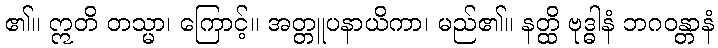
၏။ ဣတိ တသ္မာ၊ ကြောင့်။ အတ္တူပနာယိကာ၊ မည်၏။ နတ္ထိ ဗုဒ္ဓါနံ ဘဂဝန္တာနံ